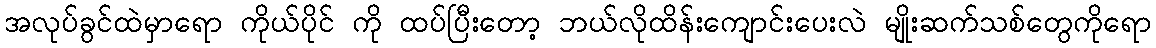
အလုပ်ခွင်ထဲမှာရော ကိုယ်ပိုင် ကို ထပ်ပြီးတော့ ဘယ်လိုထိန်းကျောင်းပေးလဲ မျိုးဆက်သစ်တွေကိုရော